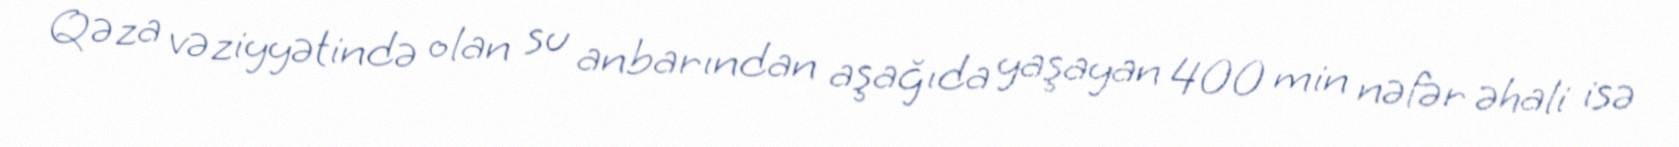
Qəza vəziyyətində olan su anbarından aşağıda yaşayan 400 min nəfər əhali isə